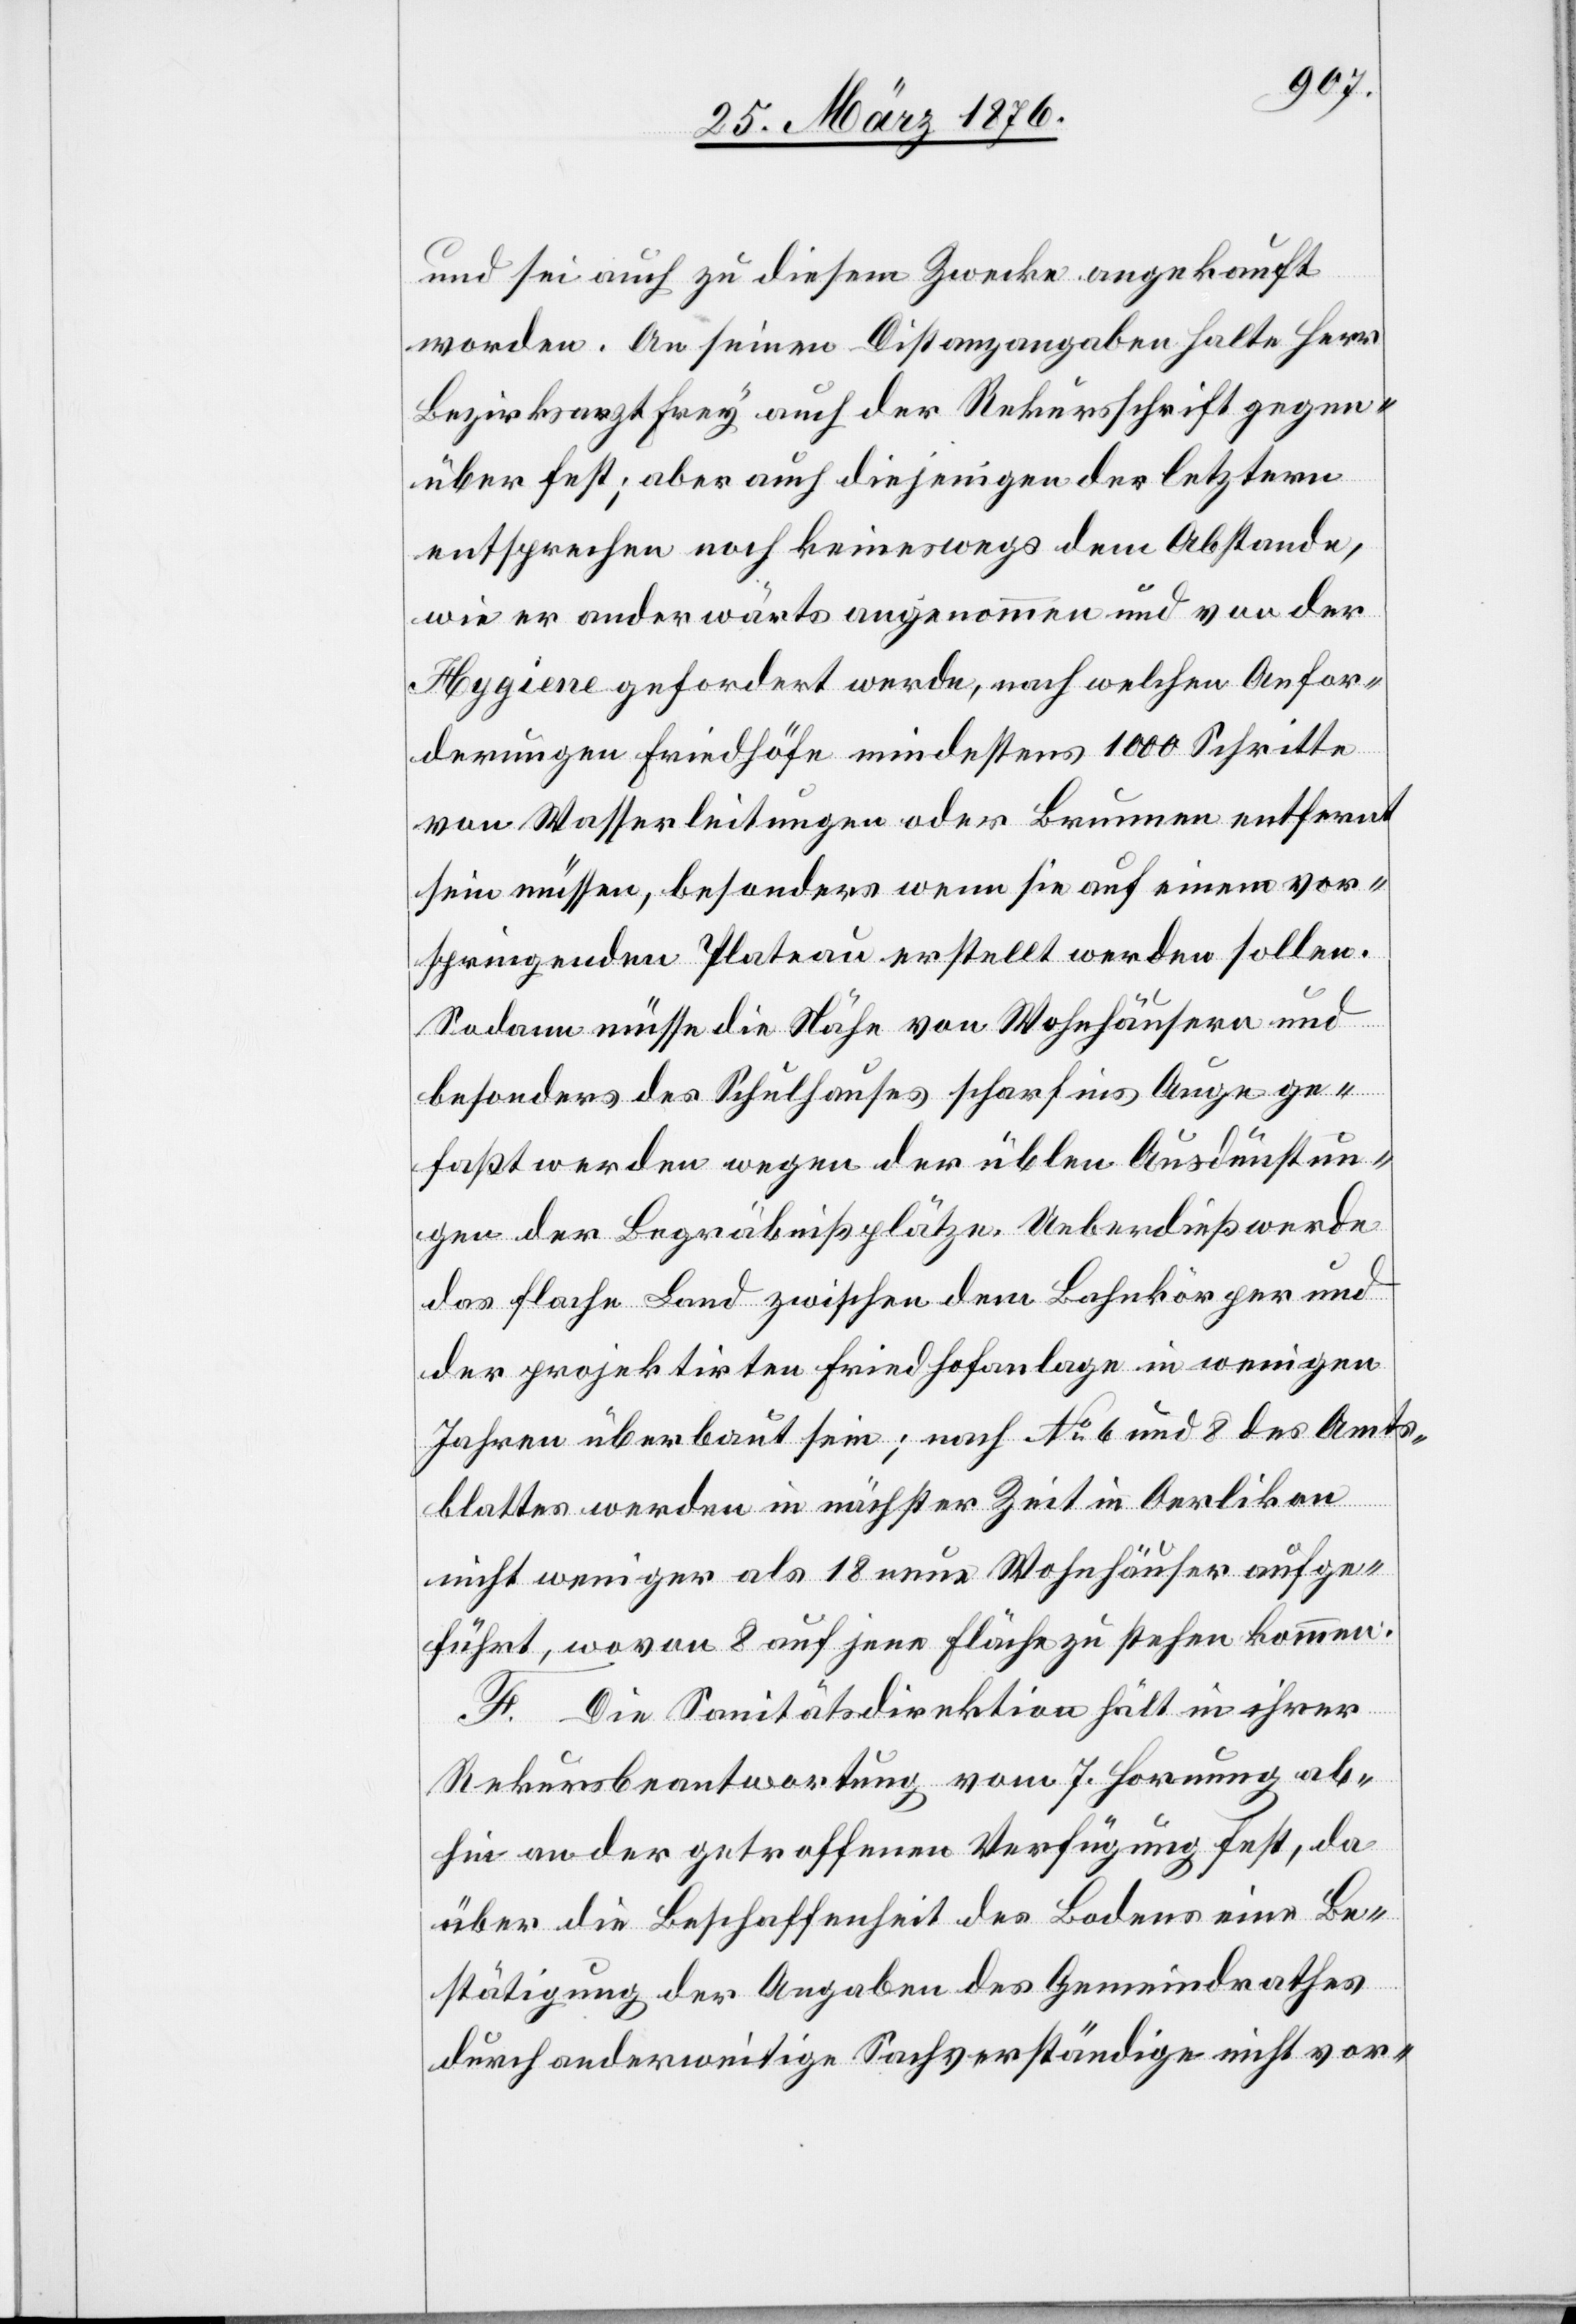
und sei auch zu diesem Zwecke angekauft
worden. An seinen Distanzangaben halte Herr
Bezirksarzt Frey auch der Rekursschrift gegen¬
über fest; aber auch diejenigen der letztern
entsprechen noch keineswegs dem Abstande,
wie er anderwärts angenommen und von der
Hygiene gefordert werde, nach welchen Anfor¬
derungen Friedhöfe mindestens 1000 Schritte
von Wasserleitungen oder Brunnen entfernt
sein müssen, besonders wenn sie auf einem vor¬
springenden Plateau erstellt werden sollen.
Sodann müsse die Nähe von Wohnhäusern und
besonders des Schulhauses scharf ins Auge ge¬
faßt werden wegen der üblen Ausdünstun¬
gen der Begräbnißplätze. Ueberdieß werde
das flache Land zwischen dem Bahnköper und
der projektirten Friedhofanlage in wenigen
Jahren überbaut sein; nach No 6 und 8 des Amts¬
blattes werden in nächster Zeit in Oerlikon
nicht weniger als 18 neue Wohnhäuser aufge¬
führt, wovon 8 auf jene Fläche zu stehen kommen.
F. Die Sanitätsdirektion hält in ihrer
Rekursbeantwortung vom 7. Hornung ab¬
hin an der getroffenen Verfügung fest, da
über die Beschaffenheit des Bodens eine Be¬
stätigung der Angaben des Gemeindrathes
durch anderweitige Sachverständige nicht vor-